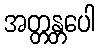
အတ္တန္တပေါ